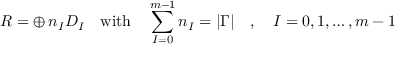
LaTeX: { \cal R } = \oplus \, n _ { I } { \cal D } _ { I } \quad \mathrm { w i t h } \quad \sum _ { I = 0 } ^ { m - 1 } n _ { I } = | \Gamma | \quad , \quad I = 0 , 1 , \ldots , m - 1